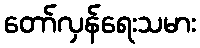
တော်လှန်ရေးသမား